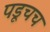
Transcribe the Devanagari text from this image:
पडूचच